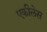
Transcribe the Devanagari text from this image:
एकीलेस